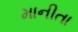
માનીતા